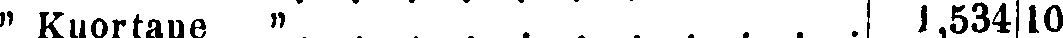
" Kuortane " | 1,534 |10